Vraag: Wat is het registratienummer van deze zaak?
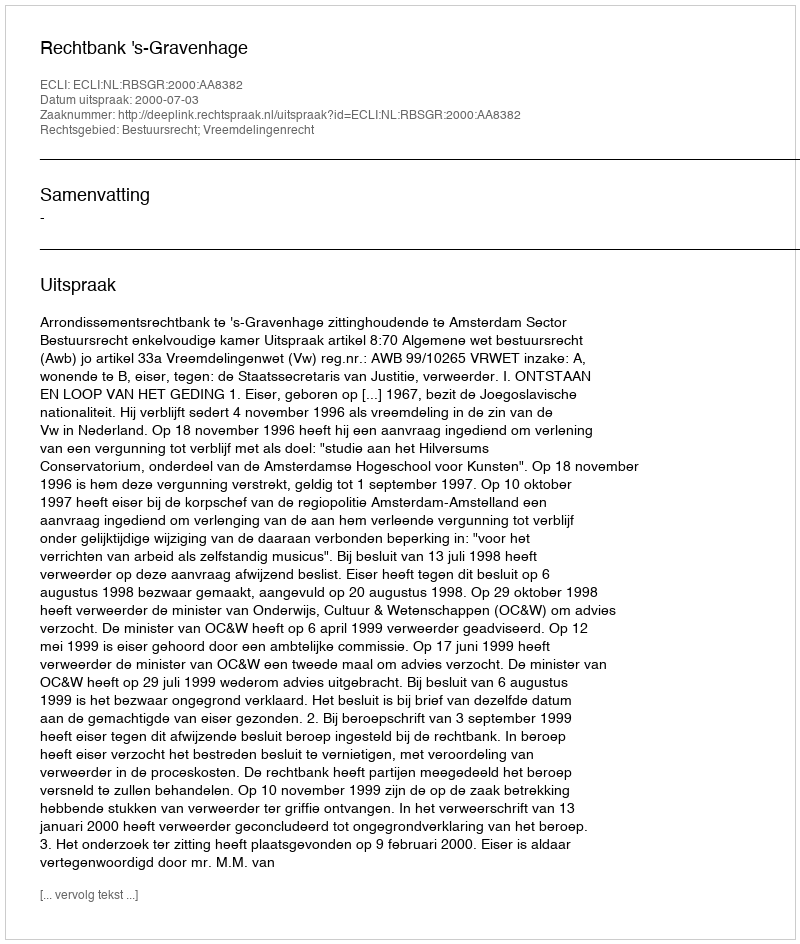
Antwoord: http://deeplink.rechtspraak.nl/uitspraak?id=ECLI:NL:RBSGR:2000:AA8382